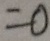
= 0